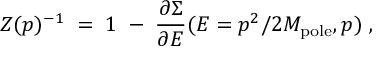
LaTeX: Z ( p ) ^ { - 1 } \; = \; 1 \; - \; { \frac { \partial \Sigma } { \partial E } } ( E = p ^ { 2 } / 2 M _ { \mathrm { p o l e } } , p ) \; ,